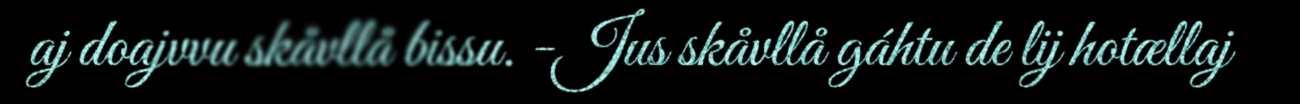
aj doajvvu skåvllå bissu. -Jus skåvllå gáhtu de lij hotællaj